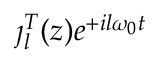
\jmath _ { l } ^ { T } ( z ) e ^ { + i l \omega _ { 0 } t }